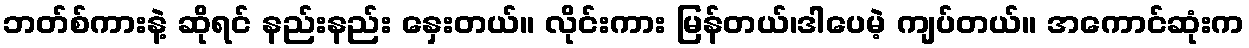
ဘတ်စ်ကားနဲ့ ဆိုရင် နည်းနည်း နှေးတယ်။ လိုင်းကား မြန်တယ်၊ဒါပေမဲ့ ကျပ်တယ်။ အကောင်ဆုံးက